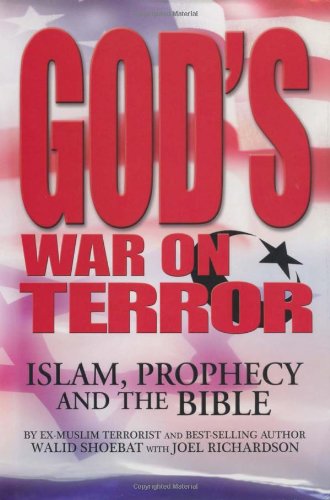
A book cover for God's War on Terror: Islam, Prophecy and the Bible; Walid Shoebat; History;